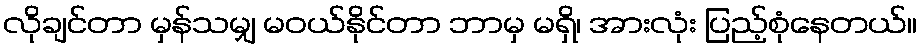
လိုချင်တာ မှန်သမျှ မဝယ်နိုင်တာ ဘာမှ မရှိ၊ အားလုံး ပြည့်စုံနေတယ်။